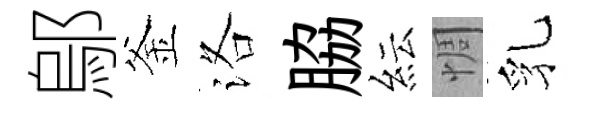
鄔釜洛脇紜惆乳